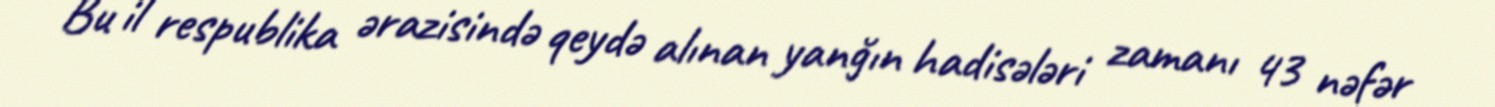
Bu il respublika ərazisində qeydə alınan yanğın hadisələri zamanı 43 nəfər